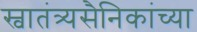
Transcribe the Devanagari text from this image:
स्वातंत्र्यसैनिकांच्या